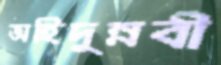
অহিদুন্নবী